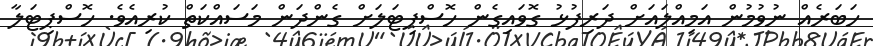
ހަބަރެއް ނުވުމުން އަމިއްލައަށް ދަރިފުޅު ގޮވައިގެން ހޮސްޕިޓަލަށް ގެންދަން މަސައްކަތް ކުރިއެވެ. ހޮސްޕިޓަލާ